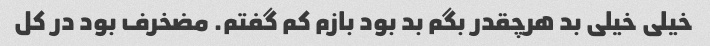
خیلی خیلی بد هرچقدر بگم بد بود بازم کم گفتم. مضخرف بود در کل